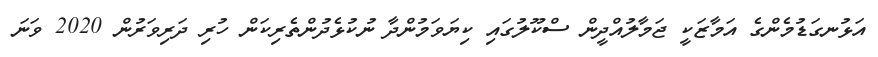
އަޅުނގަޑުމެންގެ އަމާޒަކީ ޖަމާލުއްދީން ސްކޫލުގައި ކިޔަވަމުންދާ ނުކުޅެދުންތެރިކަން ހުރި ދަރިވަރުން 2020 ވަނަ